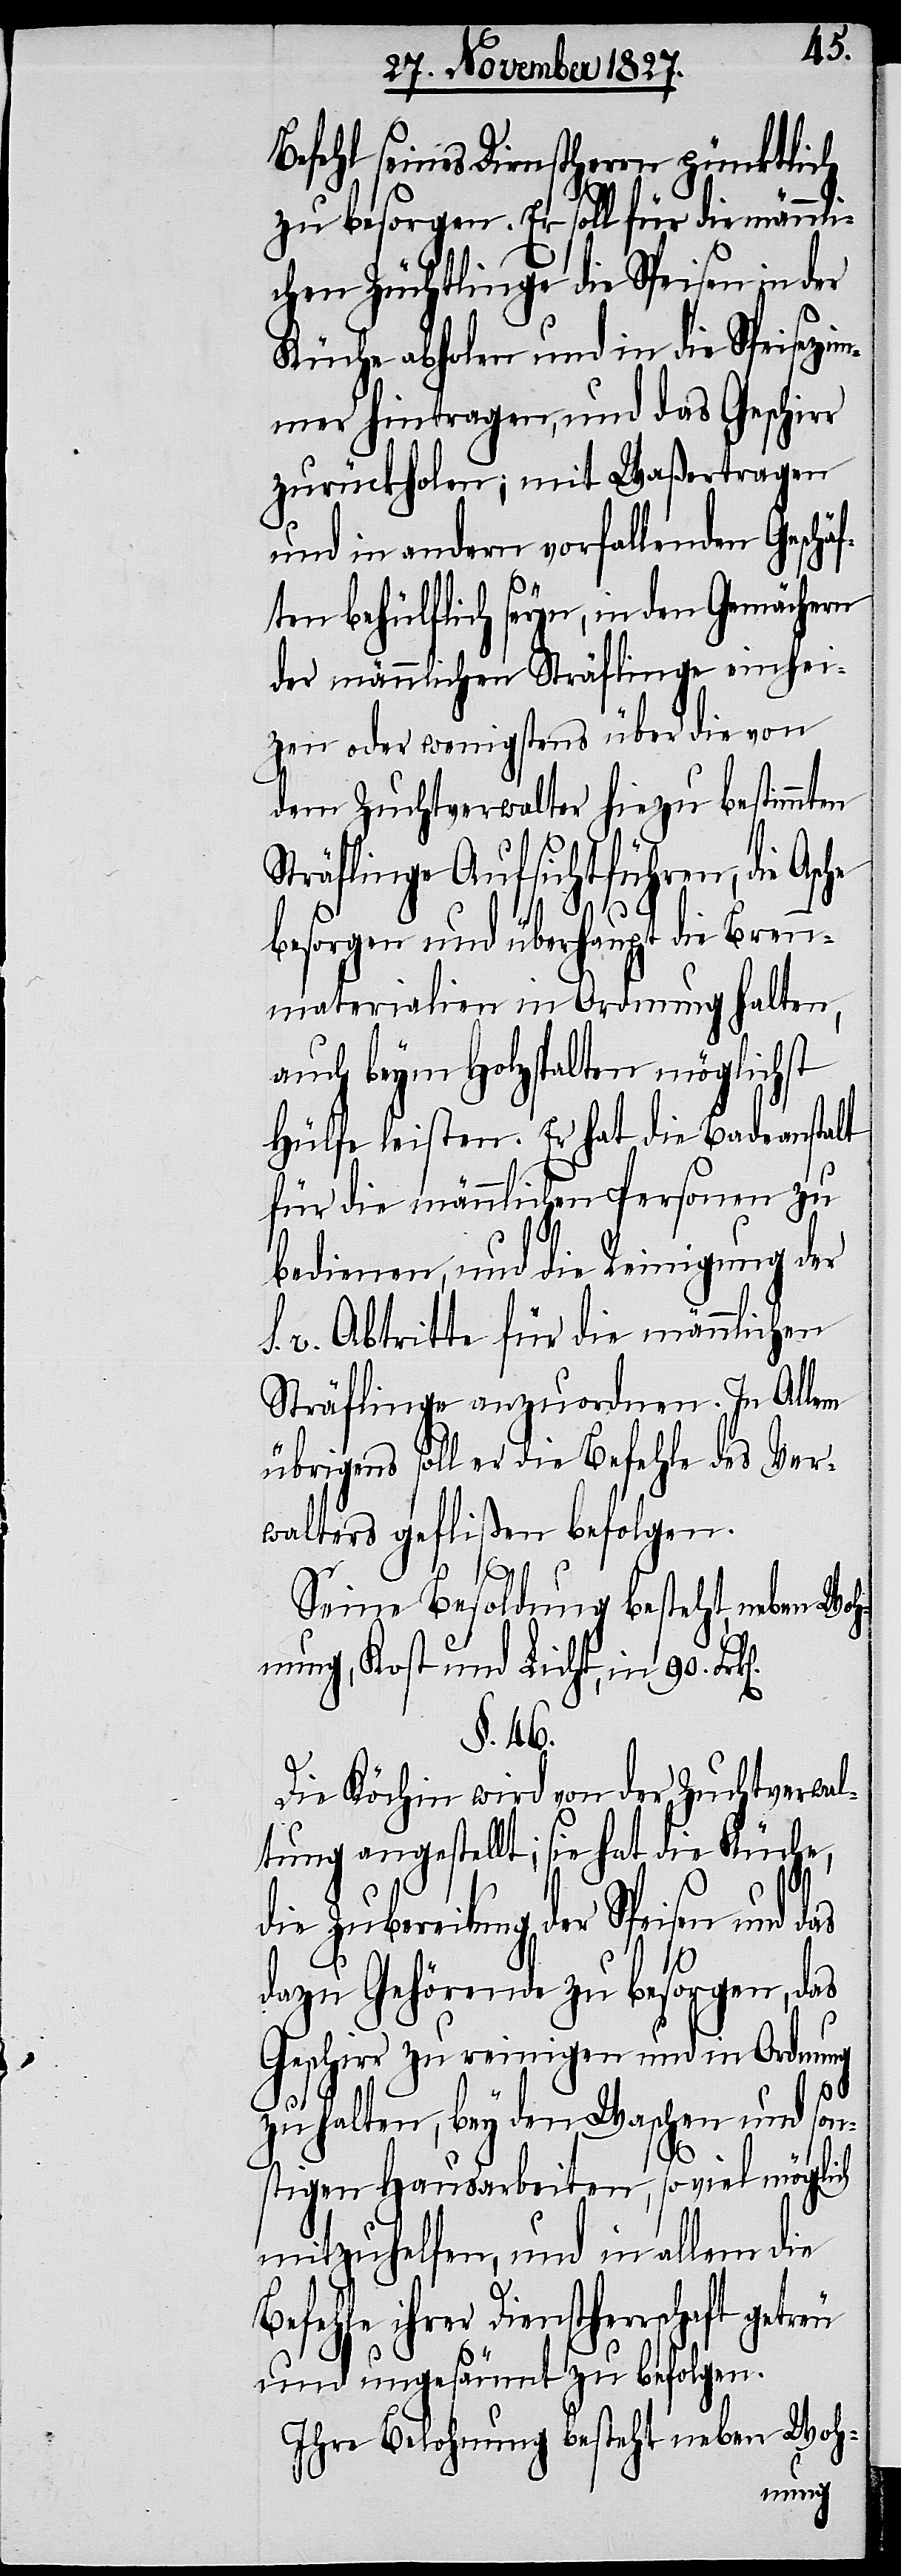
Befehl seines Dienstherrn pünktlich
zu besorgen. Er soll für die männli¬
chen Züchtlinge die Speisen in der
Küche abholen und in die Speisezi¬
mmer hintragen, und das Geschirr
zurückholen; mit Waßertragen
und in andern vorfallenden Geschä¬
he
ften behülflich seyn, in den Gemächern
der männlichen Sträflinge einhei¬
zen oder wenigstens über die von
dem Zuchtverwalter hiezu bestimmten
Sträflinge Aufsicht führen, die Asc¬
besorgen und überhaupt die Bren¬
nmaterialien in Ordnung halten,
auch beym Holzspalten möglichst
Hülfe leisten. Er hat die Badeanstalt
für die männlichen Personen zu
bedienen und die Reinigung der
v. Abtritte für die männlichen
Sträflinge anzuordnen. In Allem
übrigens soll er die Befehle des Ver¬
walters geflißen befolgen.
Seine Besoldung besteht, neben Woh¬
nung, Kost und Licht, in 90.
§. 46.
Die Köchin wird von der Zuchthausver¬
tung angestellt, sie hat die Küche,
die Zubereitung der Speisen und das
dazu Gehörende zu besorgen, das
Geschirr zu reinigen und in Ordnung
wal¬
zu halten, bey den Waschen und son¬
stigen Hausarbeiten, so viel möglich
mitzuhelfen, und in allem die
Befehle ihrer Dienstherrschaft
und ungesäumt zu befolgen.
Ihre Belohnung besteht neben Woh-